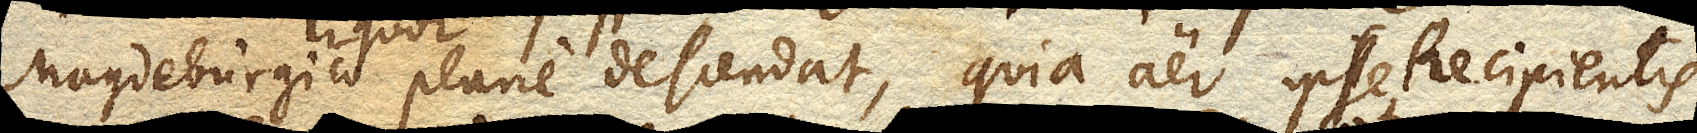
Magdeburgico liquor plane descendat, quia aer ipse Recipientis